Civil Veterinary Dept. Bombay admin report 1907-1913 - 1907-1913
Year: 1907
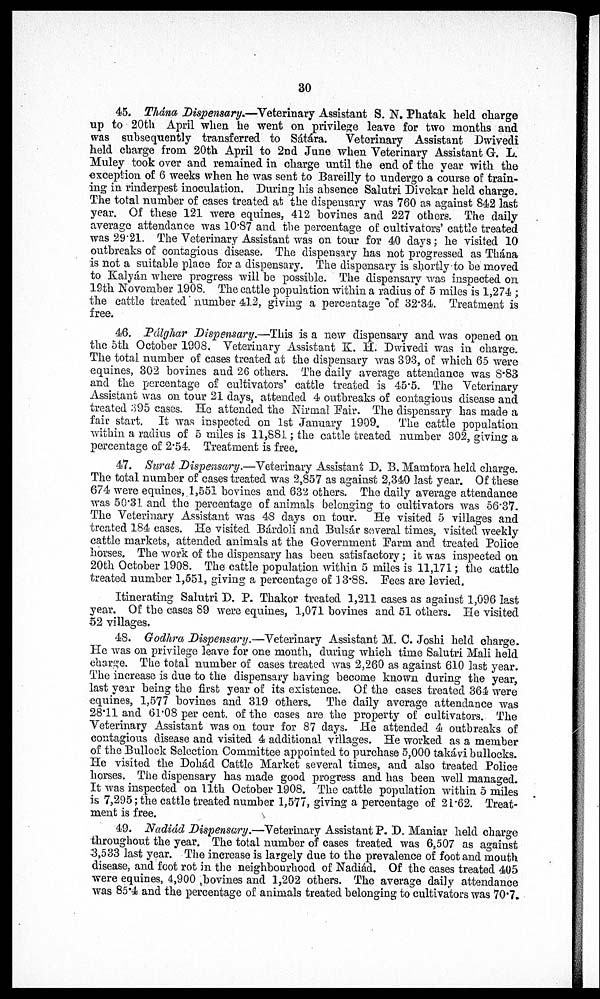
30
45. Thána Dispensary—Veterinary Assistant S. N. Phatak held charge
up to 20th April when he went on privilege leave for two months and
was subsequently transferred to Sátára. Veterinary Assistant Dwivedi
held charge from 20th April to 2nd June when Veterinary Assistant G. L.
Muley took over and remained in charge until the end of the year with the
exception of 6 weeks when he was sent to Bareilly to undergo a course of train-
ing in rinderpest inoculation. During his absence Salutri Divekar held charge.
The total number of cases treated at the dispensary was 760 as against 842 last
year. Of these 121 were equines, 412 bovines and 227 others. The daily
average attendance was 10.87 and the percentage of cultivators' cattle treated
was 29.21. The Veterinary Assistant was on tour for 40 days; he visited 10
outbreaks of contagious disease. The dispensary has not progressed as Thána
is not a suitable place for a dispensary. The dispensary is shortly to be moved
to Kalyán where progress will be possible. The dispensary was inspected on
19th November 1908. The cattle population within a radius of 5 miles is 1,274 ;
the cattle treated number 412, giving a percentage of 32.34. Treatment is
free.
46. Pálghar Dispensary.—This is a new dispensary and was opened on
the 5th October 1908. Veterinary Assistant K H. Dwivedi was in charge.
The total number of cases treated at the dispensary was 393, of: which 65 were
equines, 302 bovines and 26 others. The daily average attendance was 8.83
and the percentage of cultivators' cattle treated is 45.5. The Veterinary
Assistant was on tour 21 days, attended 4 outbreaks of contagious disease and
treated 395 cases. He attended the Nirmal Pair. The dispensaiy has made a
fair start. It was inspected on 1st January 1909.
The cattle population
within a radius of 5 miles is 11,881; the cattle treated number 302, giving a
percentage of 2.54. Treatment is free.
47. Surat Dispensary.—Veterinary Assistant D. B. Mamtora held charge.
The total number of cases treated was 2,857 as against 2,340 last year. Of these
674 were equines, 1,551 bovines and 632 others. The daily average attendance
was 50.31 and the percentage of animals belonging to cultivators was 56.37.
The Veterinary Assistant was 48 clays on tour. He visited 5 villages and
treated 184 cases. He visited Bárdoli and Bulsár several times, visited weekly
cattle markets, attended animals at the Government Farm and treated Police
horses. The work of the dispensary has been satisfactory; it was inspected on
20th October 1908. The cattle population within 5 miles is 11,171; the cattle
treated number 1,551, giving a percentage of J 3.88. Fees are levied.
Itinerating Salutri D. P. Thakor treated 1,211 cases as against 1,096 last
year. Of the cases 89 were equines, 1,071 bovines and 51 others. He visited
52 villages.
48. Godhra Dispensary.—Veterinary Assistant M. C. Joshi held charge.
He was on privilege leave for one month, during which time Salutri Mali held
charge. The total number of cases treated was 2,260 as against 610 last year.
The increase is due to the dispensary having become known during the year,
last year being the first year of its existence. Of the cases treated 364 were
equines, 1,577 bovines and 319 others. The daily average attendance was
28.11 and 61.08 per cent. of the cases are the property of cultivators. The
Veterinary Assistant was on tour for 87 days. He attended 4 outbreaks of
contagious disease and visited 4 additional villages. He worked as a member
of the Bullock Selection Committee appointed to purchase 5,000 takávi bullocks.
He visited the Dohád Cattle Market several times, and also treated Police
horses. The dispensary has made good progress and has been well managed.
It was inspected on 11th October 1908. The cattle population within 5 miles
is 7,295; the cattle treated number 1,577, giving a percentage of 21.62. Treat-
ment is free.
49. Nadiád Dispensary.—Veterinary Assistant P. D. Maniar held charge
throughout the year. The total number of cases treated was 6,507 as against
3,533 last year. The increase is largely due to the prevalence of foot and mouth
disease, and foot rot in the neighbourhood of Nadiád. Of the cases treated 405
were equines, 4,900 bovines and 1,202 others. The average daily attendance
was 85.4 and the percentage of animals treated belonging to cultivators was 70.7.